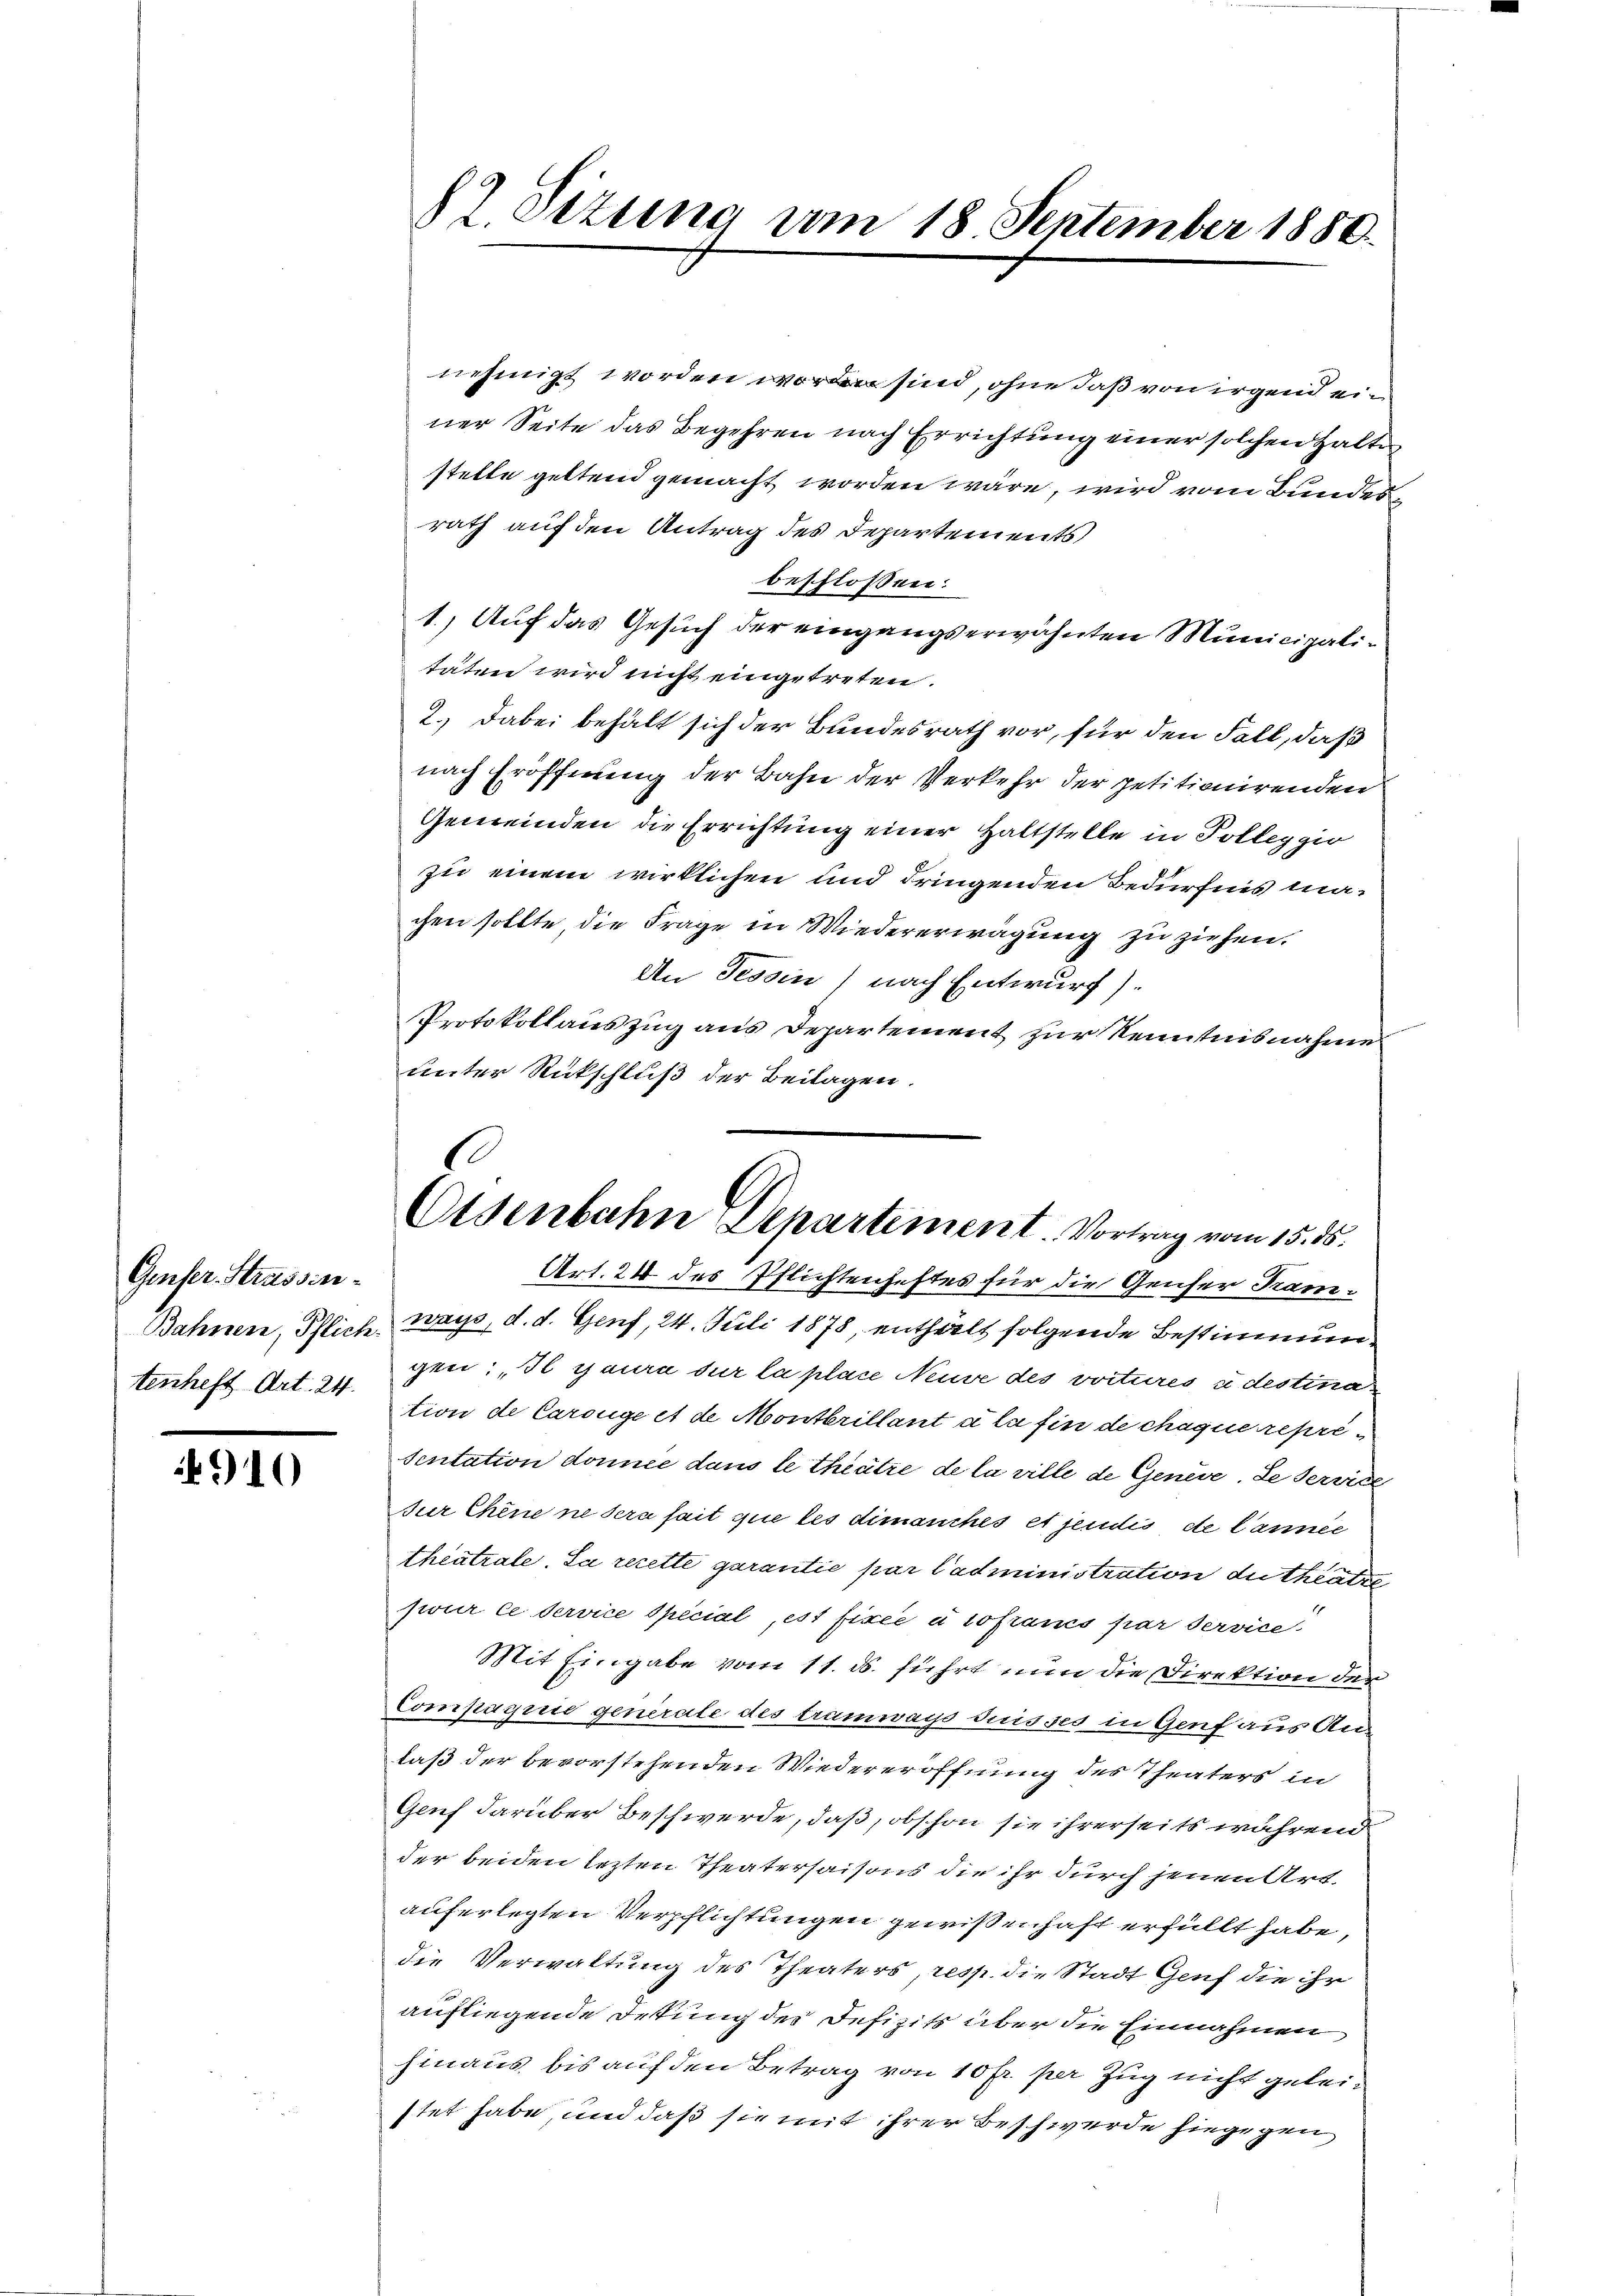
Genfer-Strassin¬
Bahnen, Pflich
tenheft Art. 24.

910

nehmigt worden worden sind, ohne daß von irgend einer Seite das Begehren nach Errichtung einer solchen Halte
stelle geltend gemacht worden wäre, wird vom Bunden
rath auf den Antrag des Departements
beschlossen:
1.) Auf das Gesuch der eingangserwähnten Municipalitäten wird nicht eingetreten.
2.) Dabei behält sich der Bundesrath vor, für den Fall, daß
nach Eröffnung der Bahn der Verkehr der petitionirenden
Gemeinden die Errichtung einer Haltstelle in Solleggio
zu einem wirklichen und dringenden Bedürfnis machen sollte die Frage in Wiedererwägung zu ziehen.
An Tessin, nach Entwurf).
Protokollauszug aus Departement zur Kenntnisnahme
Unter Rückschluß der Beilagen.
Art. 24 des Pflichtenheftes für die Genfer Tramways, d. d. Genf, 24. Juli 1878, enthalt folgende Bestimmungen: „Il yaura dur la place Neuve des voitures u destination de Caroege et de Montbrillant à la fin de chaque représentation donnée dans le theütze de la ville de Genève. De Servite
ur Chine ne sera fait que les dimanches et jendis de l’année
theatrale. La rezette garantie par Cadministration du theatre
pour ce service Special, est fixée à lofrancs par Service
Mit Eingabe vom 11. ds. führt nun die Direktion der
Compagnie generale des tramways duisses in Genf aus Anlaß der bevorstehenden Wiedereröffnung des Theaters in
Ganf darüber Beschwerde, daß, obschon sie ihrerseits während
der beiden lezten Theatersaisons die ihr durch jenen Art.
auferlegten Verpflichtungen gewißenhaft erfüllt habe,
die Verwaltung des Theaters, resp. die Stadt Genf die ihr
aufliegende Ortung des Defizits über die Einnahmen
hinaus bis auf den Betrag von 10 fr. per Zug nicht geleistet habe, und daß sie mit ihrer Beschwerde hiegegen

82. Sizung vom 18 September 1880.

C
Osenbahn Departement. Vortrag vom 15. ds.